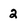
Character: 2